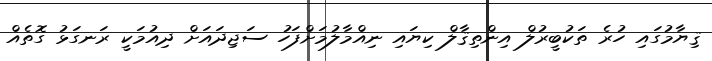
ޤިޔާމުގައި ހުރެ ތަކުބީރުލް އިންތިޤާލް ކިޔައި ނިއްމާލުމަށްފަހު ސަޖިދައަށް ދިއުމަކީ ރަނގަޅު ގޮތެއް